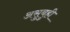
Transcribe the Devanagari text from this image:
असुबुही